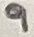
Text: 9